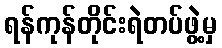
ရန်ကုန်တိုင်းရဲတပ်ဖွဲ့မှ